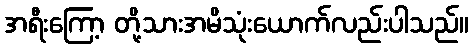
အရီးကြော့ တို့သားအမိသုံးယောက်လည်းပါသည်။